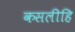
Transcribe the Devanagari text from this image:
कसलीहि